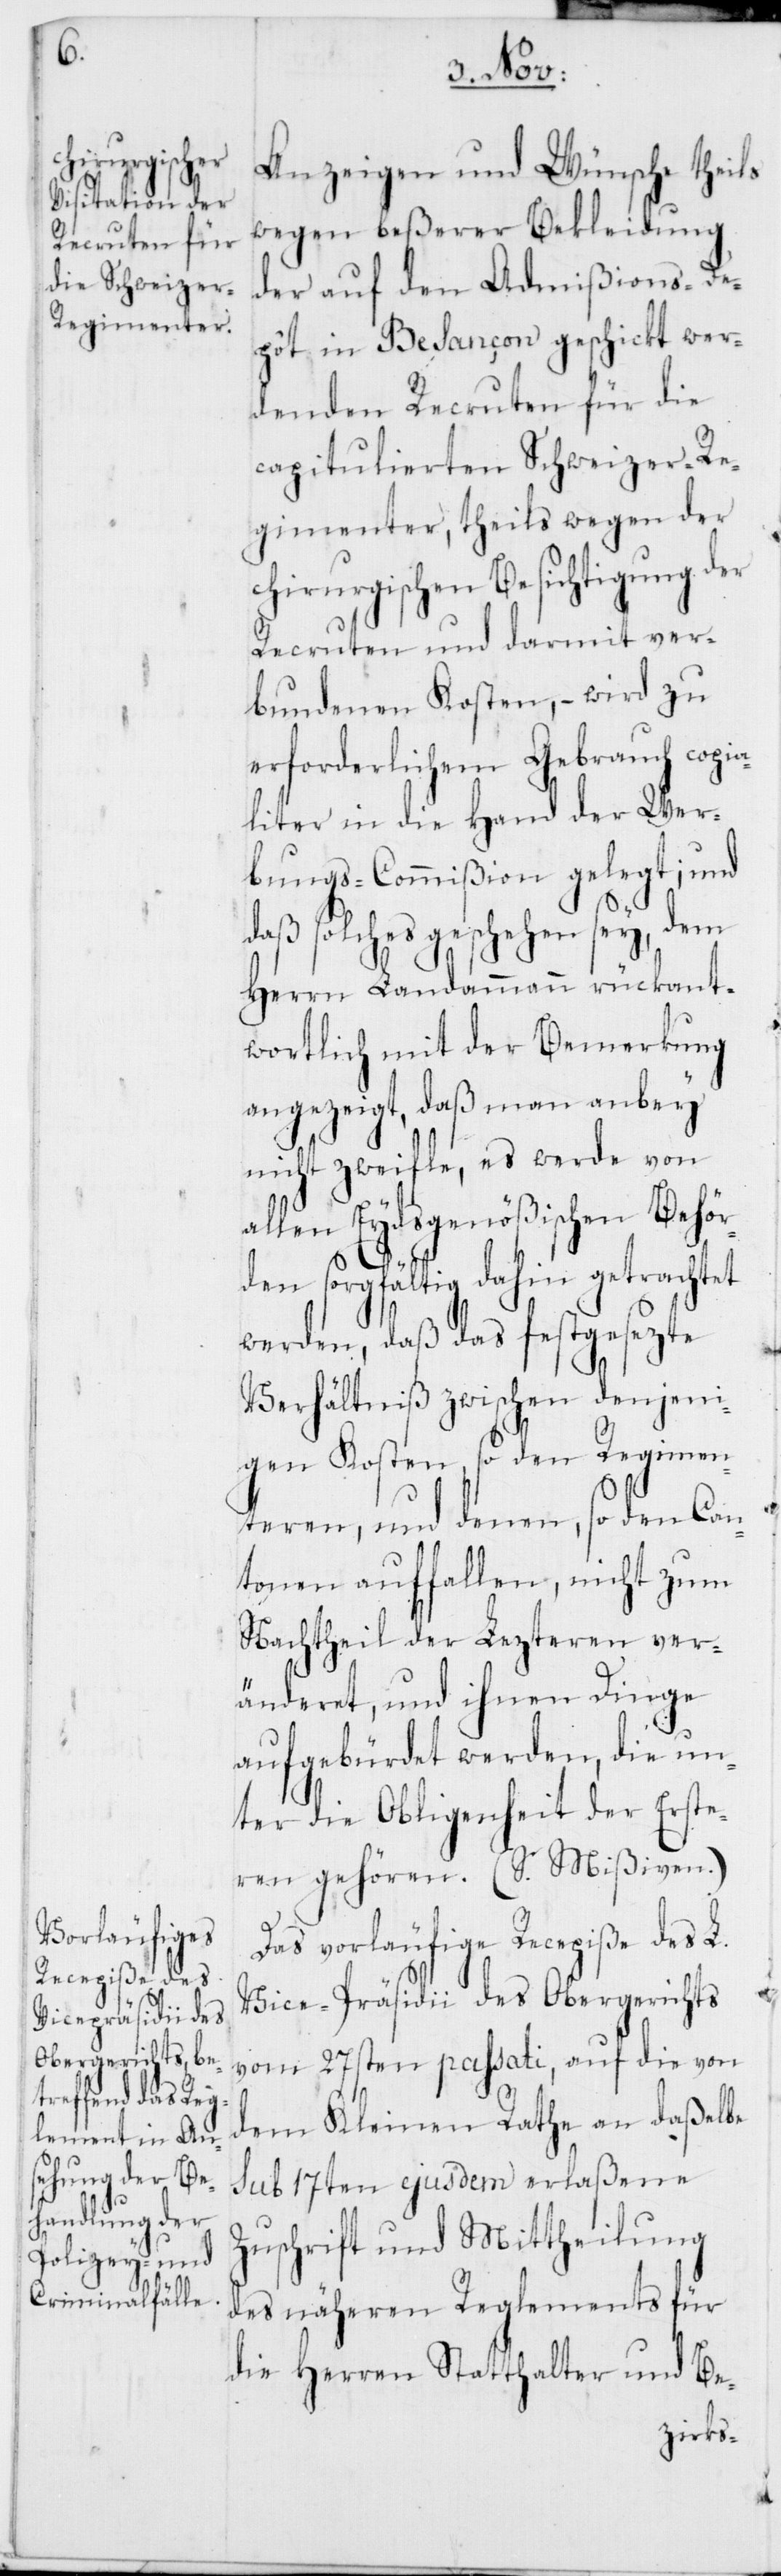
Anzeigen und Wünsche theils
wegen beßerer Bekleidung
der auf den Admißions-De¬
pôt in Besançon geschickt wer¬
denden Recruten für die
capitulierten Schweizer-Re¬
gimenter, theils wegen der
chirurgischen Besichtigung der
Recruten und darmit ver¬
bundenen Kosten, – wird zu
erforderlichem Gebrauch copia¬
liter in die Hand der Wer¬
bungs-Commißion gelegt; und
daß solches geschehen sey, dem
Herrn Landammann rückant¬
wortlich mit der Bemerkung
angezeigt, daß man anbey
nicht zweifle, es werde von
allen Eydsgenößischen Behör¬
den sorgfältig dahin getrachtet
werden, daß das festgesezte
Verhältniß zwischen denjeni¬
gen Kosten, so den Regimen¬
teren, und denen, so den Can¬
tonen auffallen, nicht zum
Nachtheil der Lezteren ver¬
änderet, und ihnen Dinge
aufgebürdet werden, die un¬
ter die Obligenheit der Erste¬
ren gehören (S. Mißiven.)
Das vorläufige Recepiße des L.
Vice-Präsidii des Obergerichts
vom 27sten passati, auf die von
dem Kleinen Rate an daßelbe
sub 17ten ejusdem erlaßene
Zuschrift und Mittheilung
des näheren Reglements für
die Herren Statthalter und Be-